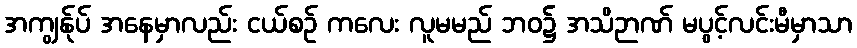
အကျွန်ုပ် အနေမှာလည်း ငယ်စဉ် ကလေး လူမမည် ဘဝ၌ အသိဉာဏ် မပွင့်လင်းမီမှာသာ